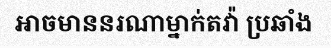
អាចមាននរណាម្នាក់តវ៉ា ប្រឆាំង